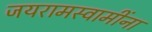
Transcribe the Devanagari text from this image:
जयरामस्वामींना